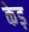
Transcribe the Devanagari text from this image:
केड़